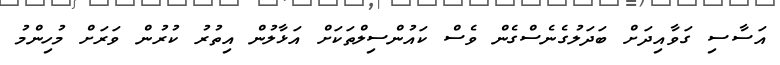
އަސާސި ގަވާއިދަށް ބަދަލުގެނެސްގެން ވެސް ކައުންސިލްތަކަށް އަޅާލުން އިތުރު ކުރުން ވަރަށް މުހިންމު